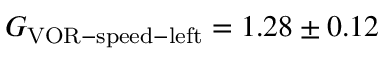
G _ { \mathrm { V O R - s p e e d - l e f t } } = 1 . 2 8 \pm 0 . 1 2